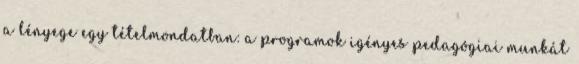
a lényege egy tételmondatban: a programok igényes pedagógiai munkát